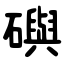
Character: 礖